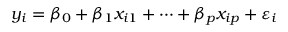
y _ { i } = \beta _ { 0 } + \beta _ { 1 } x _ { i 1 } + \cdots + \beta _ { p } x _ { i p } + \varepsilon _ { i }